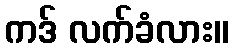
ကဒ် လက်ခံလား။